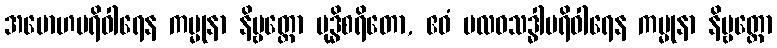
အမောဟပရိဝါရေန ကမ္မုနာ နိဗ္ဗတ္တော ဗုဒ္ဓိစရိတော, ဧဝံ ဗလဝသဒ္ဓါပရိဝါရေန ကမ္မုနာ နိဗ္ဗတ္တော